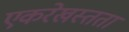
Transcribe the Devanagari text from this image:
एकरेखस्तता